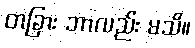
တခြား ဘာလည်း မသိ။